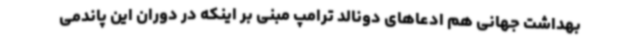
بهداشت جهانی هم ادعاهای دونالد ترامپ مبنی بر اینکه در دوران این پاندمی